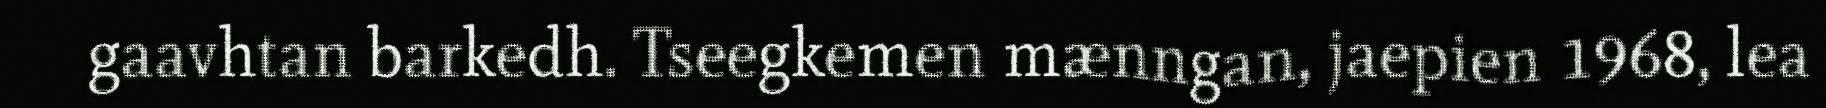
gaavhtan barkedh. Tseegkemen mænngan, jaepien 1968, lea